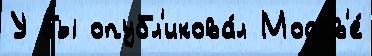
У бы опубл'икова́л Москв'е́